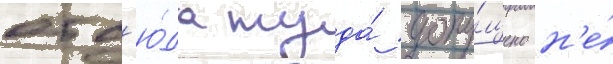
отс'ю́да туда́ допу́щено н'е́